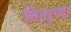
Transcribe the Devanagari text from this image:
विगुणः